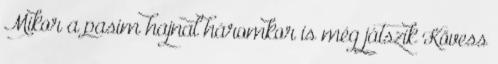
Mikor a pasim hajnal háromkor is még játszik Kövess